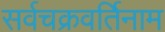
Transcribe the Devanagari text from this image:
सर्वचक्रवर्तिनाम